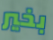
بخير